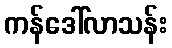
ကန်ဒေါ်လာသန်း